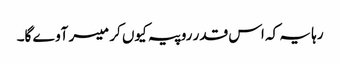
رہا یہ کہ اس قدر روپیہ کیوں کر میسر آوے گا۔